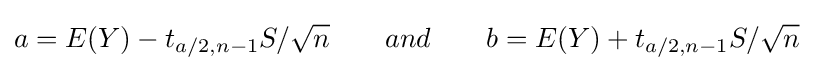
a=E(Y)-t_{a/2,n-1}S/{\sqrt {n}}\qquad and\qquad b=E(Y)+t_{a/2,n-1}S/{\sqrt {n}}